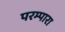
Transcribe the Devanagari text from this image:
परम्पारा